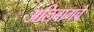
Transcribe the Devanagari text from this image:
अलिबागचे